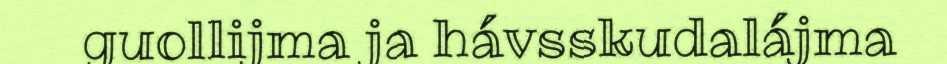
guollijma ja hávsskudalájma